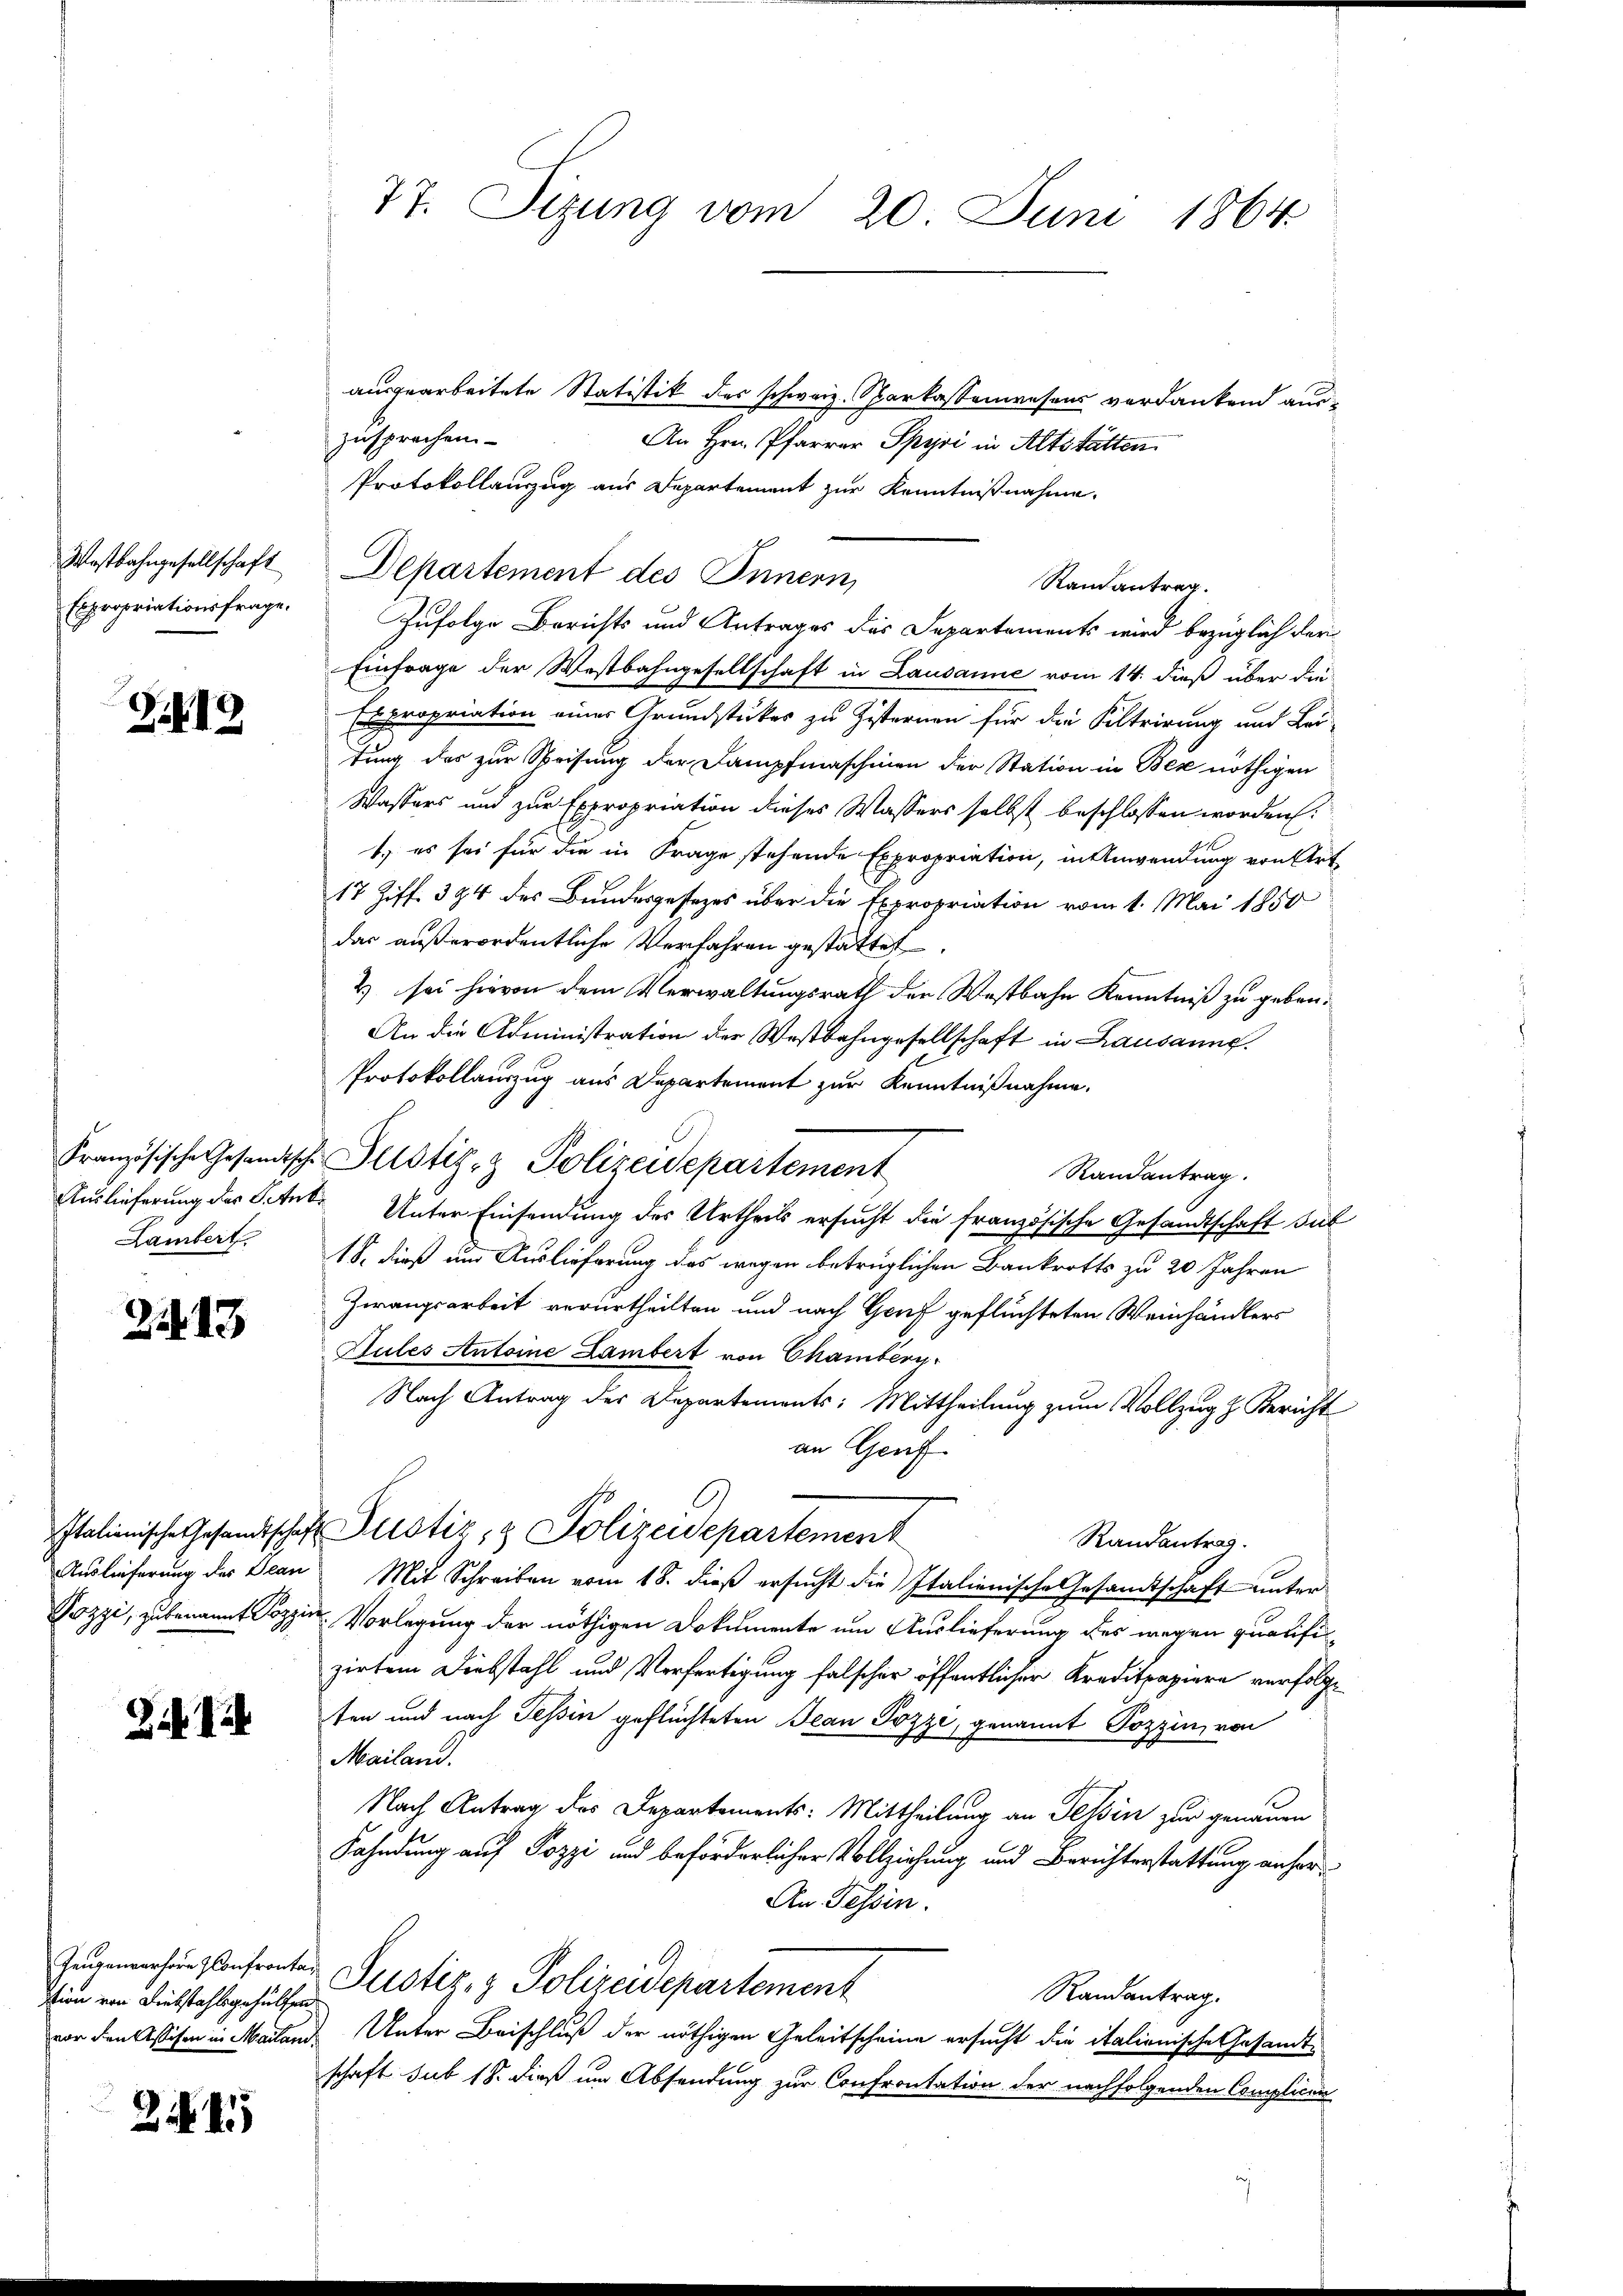
Wostbahngesellschaft
Expropriationsfrage.

Z. 19

Lambert.

25. 13

2

tion von Diebstahlsgehülfen.

21

77. Sizung vom 20. Juni 1864

ausgearbeitete Statistik des schweiz. Sparkassenwesens verdankend auszusprechen
An Hrn. Pfarrer Spyri in Altstätten
Protokollauszug aus Departement zur Kenntnißnahme.
Departement des Innern,
Ranantrag.
Zufolge Berichts und Antrages des Departements wird bezüglich der
Einfrage der Westbahngesellschaft in Lausanne vom 14. dieß über die
Expropriation eines Grundstückes zu Zisternen für die Kiltrirung und Bei-
tung der zur Speisung der Dampfmaschinen der Station in Bex nöthigen
Wassers und zur Expropriation dieses Wassers selbst beschlossen worden:
1.) es sei für die in Frage stehende Expropriation, in Anwendung von Art
17 Ziff. 394 des Bundesgesezes über die Expropriation vom 1. Mai 1850
das außerordentliche Verfahren gestattet.
2) sei hievon dem Verwaltungsrath der Westbahn Kenntniß zu geben.
An die Administration der Westbahngesellschaft in Lausaung.
Protokollauszug aus Departement zur Kenntnißnahme.
Französische Gesandtsche Justiz- & Polizeidepartement
Randantrag.
Auslieferung der Stube Unter Einsendung des Urtheils ersucht die französische Gesandtschaft sub
18. dieß um Auslieferung des wegen betrüglichen Bankrotts zu 20 Jahren
Zwangsarbeit verurtheilten und nach Genf geflüchteten Weinhändlers
Jules Antoine Lambert von Chamberg
Nach Antrag der Departements: Mittheilung zum Vollzug z. Bericht
an Genf
Italienische Gesandtschaft Zustiz- & Polizeidepartement
Randantrag.
Auslieferung des Dean Mit Schreiben vom 18. dieβ ersŭcht die Italienische Gesandtschaft unter
Pozzi, zu benannt Pozzi Vorlegung der nöthigen Dokumente um Auslieferung des wegen qualifi
zirken Diebstahl und Verfertigung falscher öffentlicher Kreditpapiere verfolge
ten und nach Tessin geflüchteten Jean Pozze, genannt Pozzin, von
Mailand.
Nach Antrag des Departements: Mittheilung an Tessin zur genauen
Fahndung auf Pozzi und beförderlicher Vollziehung und Berichterstattung anher¬
An Tessin.
Jugenverhin Confronten Justiz & Polizeidepartement
Randantrag.
vor den Wesen in Mailand Unter Beischluß der nöthigen Geleitscheine ersucht die italienische Gesandt-
schaft sub 18. dieß um Absendung zur Confrontation der nachfolgenden Complican